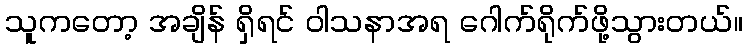
သူကတော့ အချိန် ရှိရင် ဝါသနာအရ ဂေါက်ရိုက်ဖို့သွားတယ်။